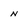
Character: n